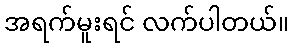
အရက်မူးရင် လက်ပါတယ်။